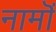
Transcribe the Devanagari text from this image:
नामॊं